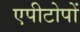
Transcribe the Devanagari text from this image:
एपीटोपों